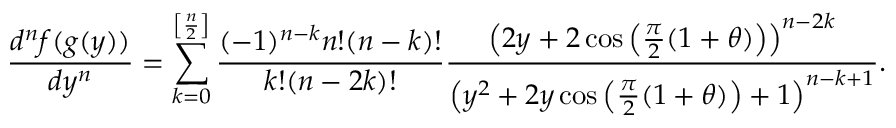
\frac { d ^ { n } f ( g ( y ) ) } { d y ^ { n } } = \sum _ { k = 0 } ^ { \left[ \frac { n } { 2 } \right] } \frac { ( - 1 ) ^ { n - k } n ! ( n - k ) ! } { k ! ( n - 2 k ) ! } \frac { \left( 2 y + 2 \cos \left( \frac { \pi } { 2 } ( 1 + \theta ) \right) \right) ^ { n - 2 k } } { \left( y ^ { 2 } + 2 y \cos \left( \frac { \pi } { 2 } ( 1 + \theta ) \right) + 1 \right) ^ { n - k + 1 } } .